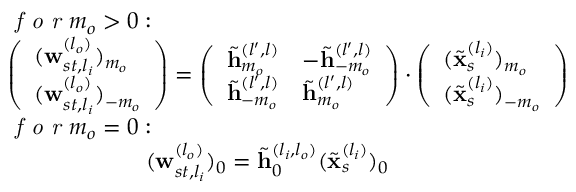
\begin{array} { r l } & { \textit { f o r } m _ { o } > 0 : } \\ & { \left( \begin{array} { l } { ( \mathbf { w } _ { s t , l _ { i } } ^ { ( l _ { o } ) } ) _ { m _ { o } } } \\ { ( \mathbf { w } _ { s t , l _ { i } } ^ { ( l _ { o } ) } ) _ { - m _ { o } } } \end{array} \right) = \left( \begin{array} { l l } { \tilde { \mathbf { h } } _ { m _ { o } } ^ { ( l ^ { \prime } , l ) } } & { - \tilde { \mathbf { h } } _ { - m _ { o } } ^ { ( l ^ { \prime } , l ) } } \\ { \tilde { \mathbf { h } } _ { - m _ { o } } ^ { ( l ^ { \prime } , l ) } } & { \tilde { \mathbf { h } } _ { m _ { o } } ^ { ( l ^ { \prime } , l ) } } \end{array} \right) \cdot \left( \begin{array} { l } { ( \tilde { \mathbf { x } } _ { s } ^ { ( l _ { i } ) } ) _ { m _ { o } } } \\ { ( \tilde { \mathbf { x } } _ { s } ^ { ( l _ { i } ) } ) _ { - m _ { o } } } \end{array} \right) } \\ & { \textit { f o r } m _ { o } = 0 : } \\ & { \quad \quad \quad \quad \quad \quad ( \mathbf { w } _ { s t , l _ { i } } ^ { ( l _ { o } ) } ) _ { 0 } = \tilde { \mathbf { h } } _ { 0 } ^ { ( l _ { i } , l _ { o } ) } ( \tilde { \mathbf { x } } _ { s } ^ { ( l _ { i } ) } ) _ { 0 } } \end{array}